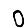
Digit: 0